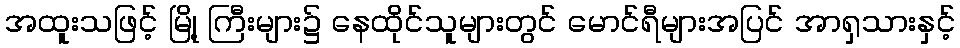
အထူးသဖြင့် မြို့ ကြီးများ၌ နေထိုင်သူများတွင် မောင်ရီများအပြင် အာရှသားနှင့်